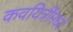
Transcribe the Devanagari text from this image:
कवयित्रींमध्ये